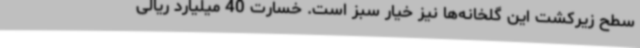
سطح زیرکشت این گلخانه‌ها نیز خیار سبز است. خسارت 40 میلیارد ریالی